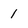
Character: 1